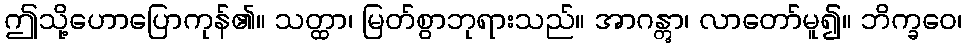
ဤသို့ဟောပြောကုန်၏။ သတ္ထာ၊ မြတ်စွာဘုရားသည်။ အာဂန္တွာ၊ လာတော်မူ၍။ ဘိက္ခဝေ၊